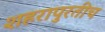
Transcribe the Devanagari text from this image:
शहरापुरतीच